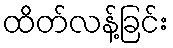
ထိတ်လန့်ခြင်း